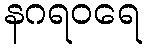
နဂရဝရေ